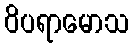
ဝိပရာမောသ